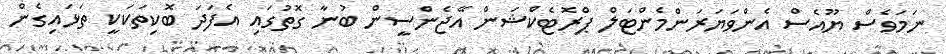
ނަމަވެސް ޔޫއެސް އެންވަޔަރަންމެންޓަލް ޕްރޮޓެކްޝަން އޭޖެންސީން ބުނާ ގޮތުގައި އެފަދަ ބޮކިތަކަކީ ތަޅައިގެން